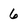
Character: 6